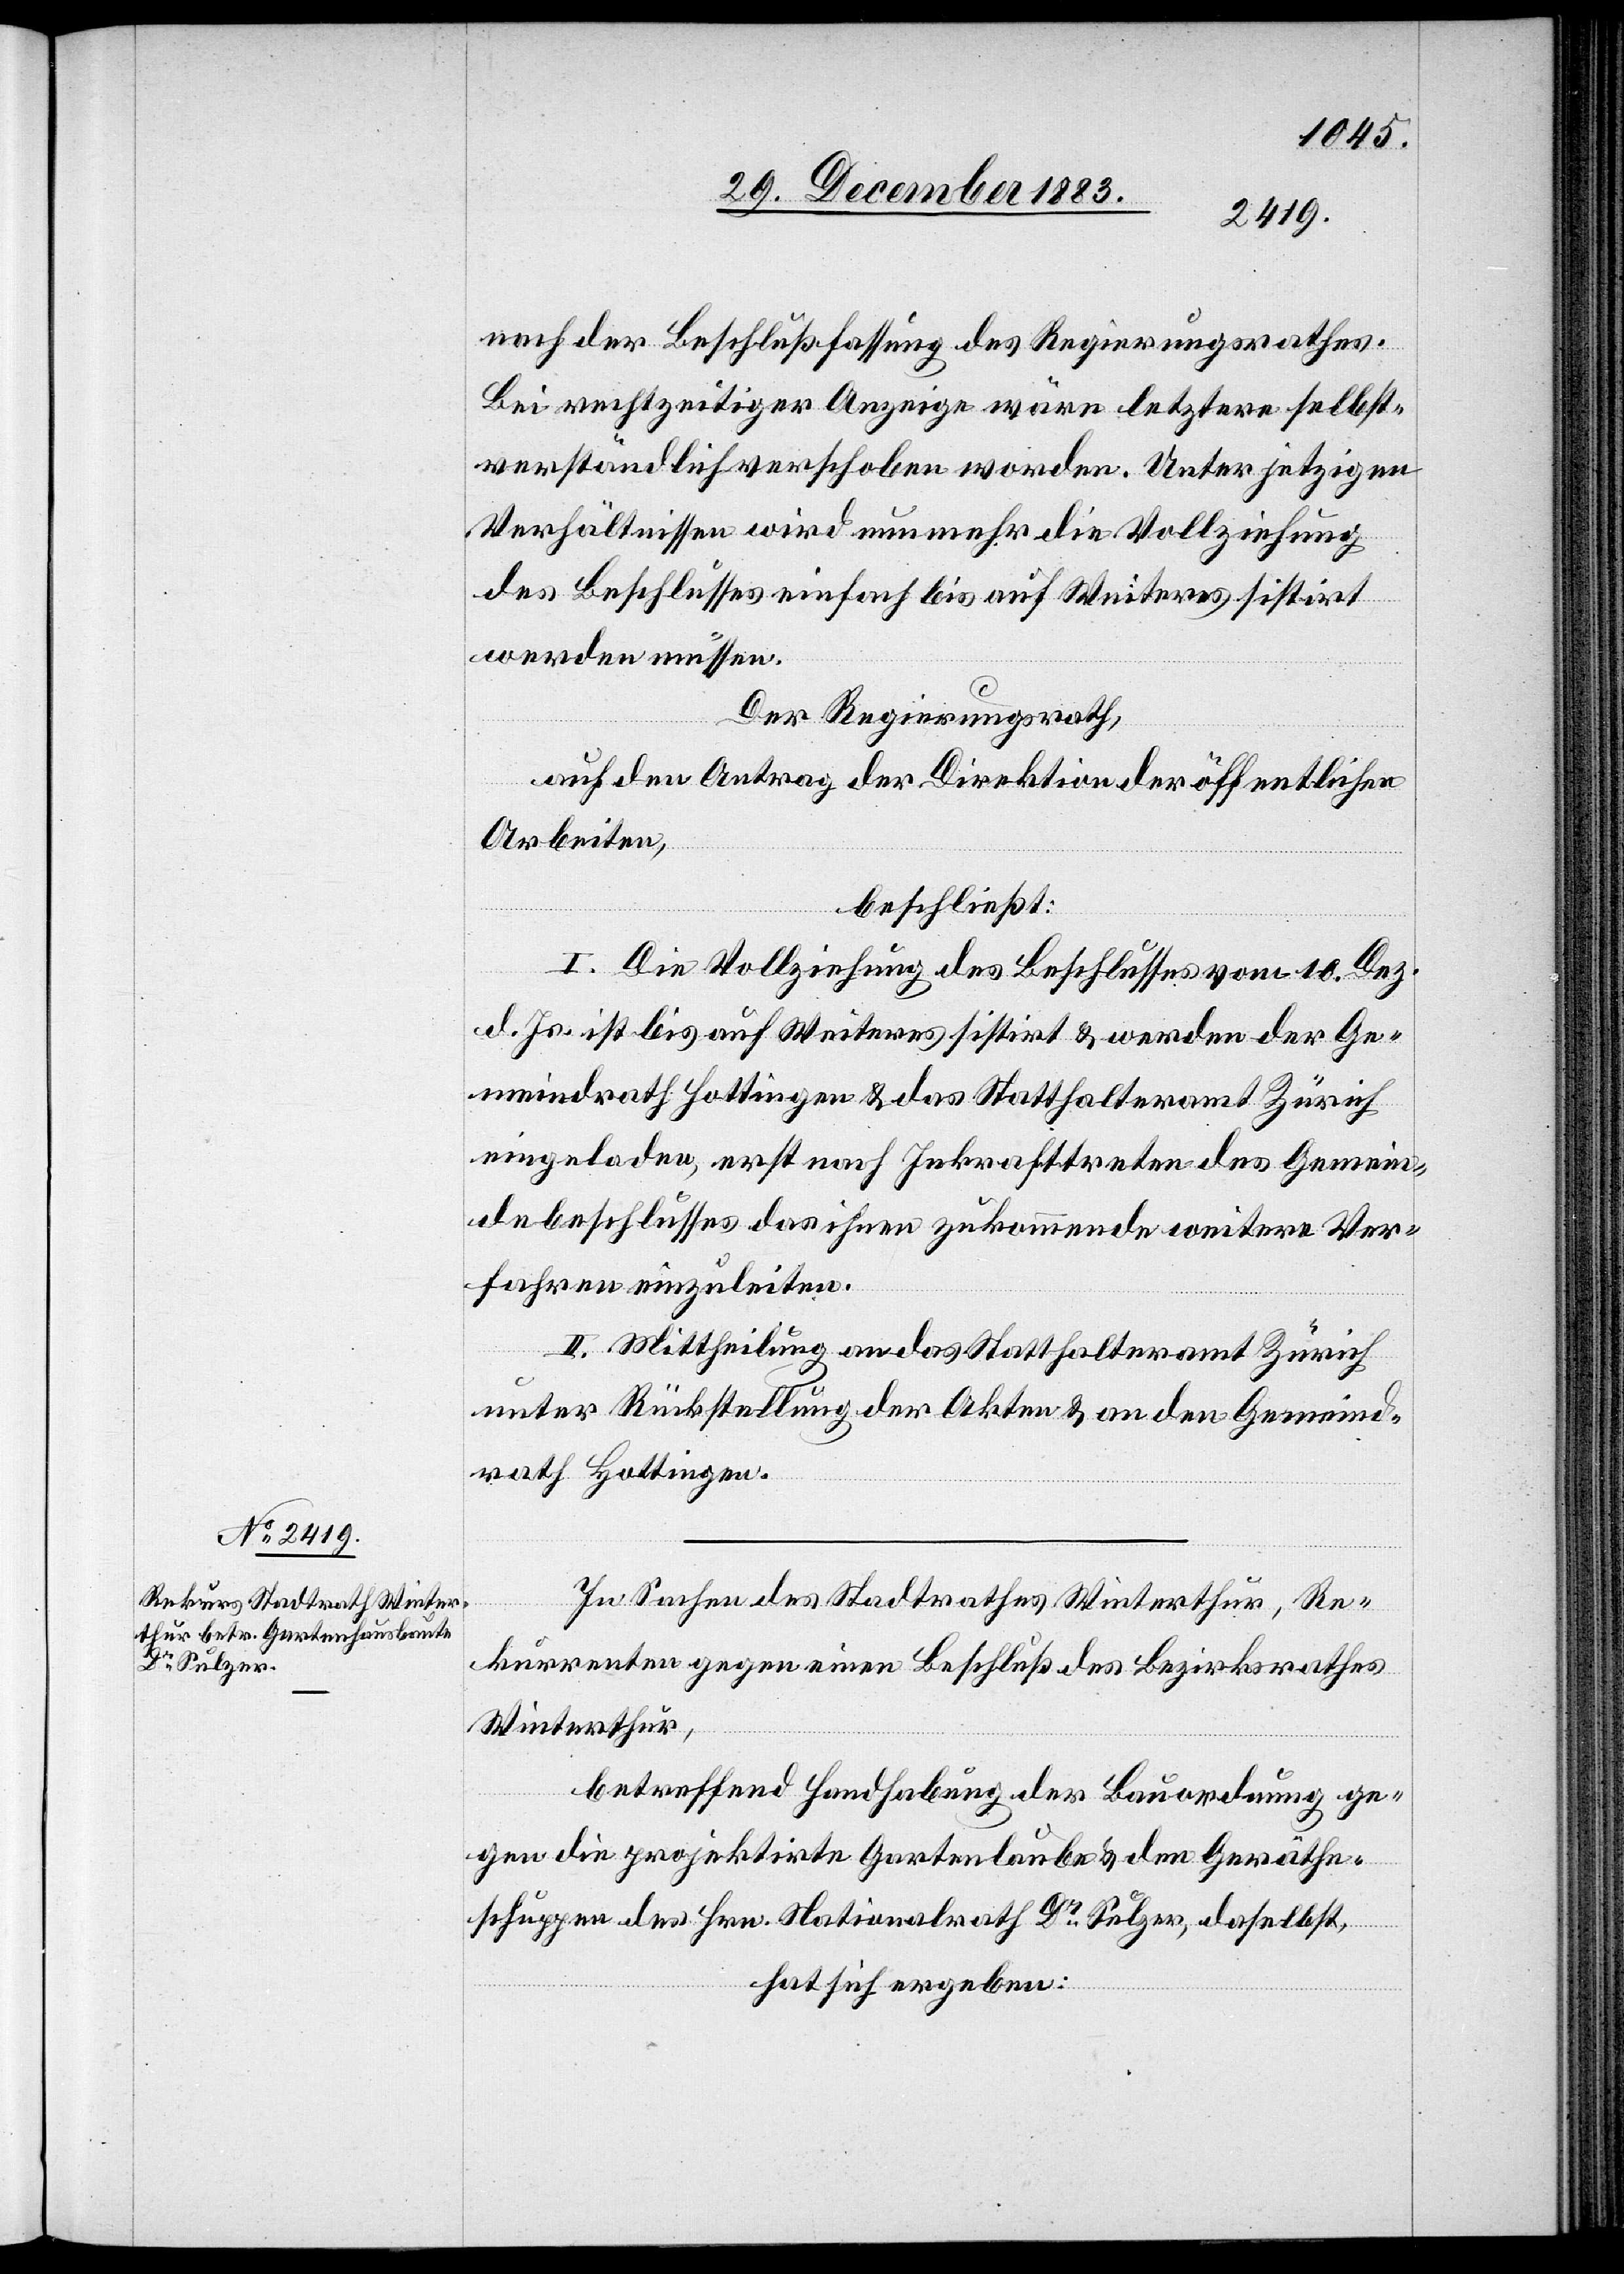
nach der Beschlußfassung des Regierungsrathes.
Bei rechtzeitiger Anzeige wäre letztere selbst¬
verständlich verschoben worden. Unter jetzigen
Verhältnissen wird nunmehr die Vollziehung
des Beschlusses einfach bis auf Weiteres sistirt
werden müssen.
Der Regierungsrath,
auf den Antrag der Direktion der öffentlichen
Arbeiten,
beschließt:
I. Die Vollziehung des Beschlusses vom 10. Dez.
d. Js. bis auf Weiteres sistirt & werden der Ge¬
meindrath Hottingen & das Statthalteramt Zürich
eingeladen, erst nach Inkrafttreten des Gemein¬
debeschlusses das ihnen zukommende weitere Ver¬
fahren einzuleiten.
II. Mittheilung an das Statthalteramt Zürich
unter Rückstellung der Akten & an den Gemeind¬
rath Hottingen.
In Sachen des Stadtrathes Winterthur, Re¬
kurrenten gegen einen Beschluß des Bezirksrathes
Winterthur,
betreffend Handhabung der Bauordnung ge¬
gen die projektirte Gartenlaube & den Geräthe¬
schuppen des Hrn. Nationalrath Dr Sulzer, daselbst,
hat sich ergeben: